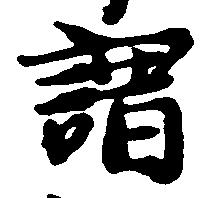
謂